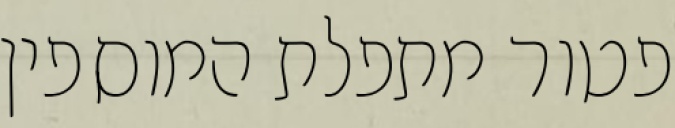
פטור מתפלת המוספין